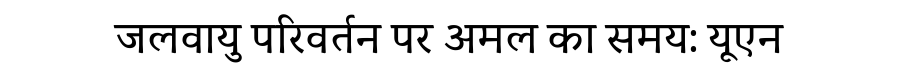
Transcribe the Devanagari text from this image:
जलवायु परिवर्तन पर अमल का समय: यूएन